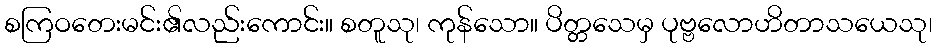
စကြဝတေးမင်း၏လည်းကောင်း။ စတူသု၊ ကုန်သော။ ပိတ္တသေမှ ပုဗ္ဗလောဟိတာသယေသု၊